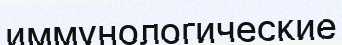
иммунологические